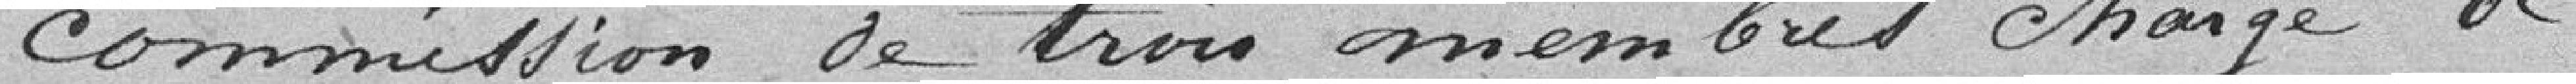
commission de trois membres chargée de